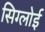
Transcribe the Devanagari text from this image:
सिग्लोई